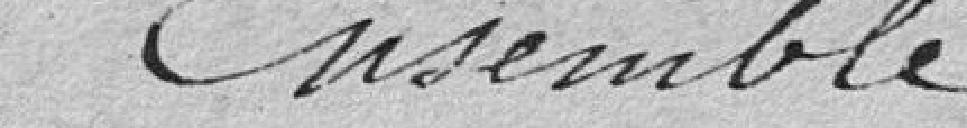
Ensemble